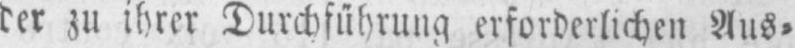
der zu ihrer Durchführung erforderlichen Aus⸗